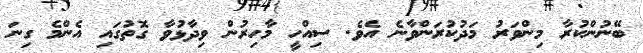
ބޭނުންކުރާ މިންވަރު މަދުކުރަންވާނެ އެވެ. ސިއްހީ މާހިރުން ވިދާޅުވާ ގޮތުގައި އެންމެ ގިނަ